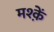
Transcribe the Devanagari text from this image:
मश्क़ें